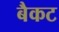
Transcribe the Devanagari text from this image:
बैकट